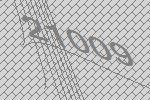
21009